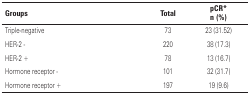
| Groups | Total | pCR* n (%) |
 | --- | --- | --- |
 | Triple-negative | 73 | 23 (31.52) |
 | HER-2 - | 220 | 38 (17.3) |
 | HER-2 + | 78 | 13 (16.7) |
 | Hormone receptor - | 101 | 32 (31.7) |
 | Hormone receptor + | 197 | 19 (9.6) |